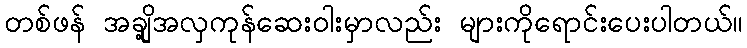
တစ်ဖန် အချို့အလှကုန်ဆေးဝါးမှာလည်း များကိုရောင်းပေးပါတယ်။